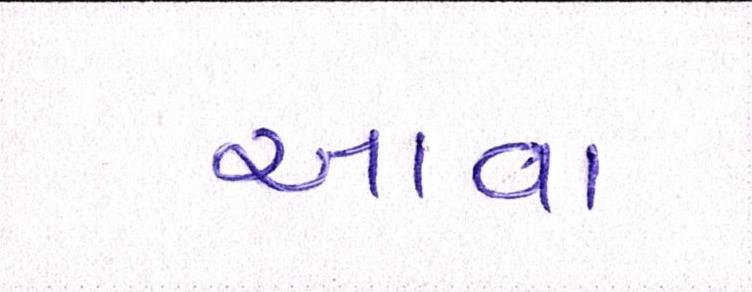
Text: આવા